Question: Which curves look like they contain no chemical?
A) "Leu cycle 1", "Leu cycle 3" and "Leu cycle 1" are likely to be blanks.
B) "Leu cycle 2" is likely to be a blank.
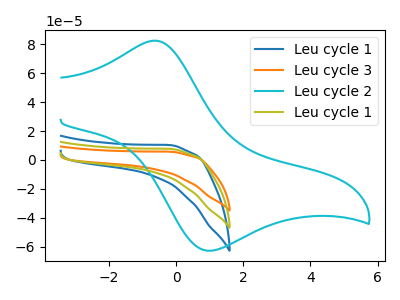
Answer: <think>The blue curve "Leu cycle 1" has no peaks. The orange curve "Leu cycle 3" has no peaks. The cyan curve "Leu cycle 2" has an anodic peak at (-0.60V, 82.30uA) and a cathodic peak at (0.90V, -62.50uA). The olive curve "Leu cycle 1" has no peaks.</think>
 <answer>A) "Leu cycle 1", "Leu cycle 3" and "Leu cycle 1" are likely to be blanks.</answer>
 <eval>A</eval>